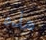
هذه